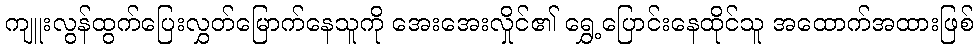
ကျူးလွန်ထွက်ပြေးလွှတ်မြောက်နေသူကို အေးအေးလှိုင်၏ ရွှေ့ပြောင်းနေထိုင်သူ အထောက်အထားဖြစ်